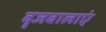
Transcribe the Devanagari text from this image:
बृजबालाएं